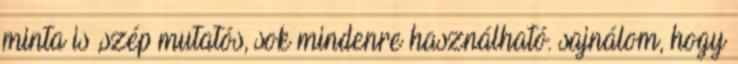
minta is ,szép mutatós, sok mindenre használható. sajnálom, hogy